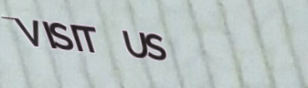
VISIT US